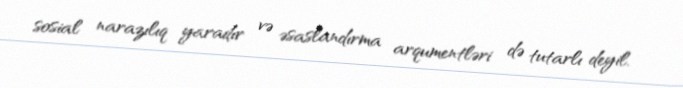
sosial narazılıq yaradır və əsaslandırma arqumentləri də tutarlı deyil.